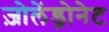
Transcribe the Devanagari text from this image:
ज़ोलेंड्रोनेट